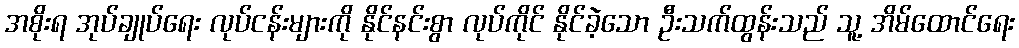
အစိုးရ အုပ်ချုပ်ရေး လုပ်ငန်းများကို နိုင်နင်းစွာ လုပ်ကိုင် နိုင်ခဲ့သော ဦးသက်ထွန်းသည် သူ့ အိမ်ထောင်ရေး